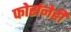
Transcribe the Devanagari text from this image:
फोर्सनेही